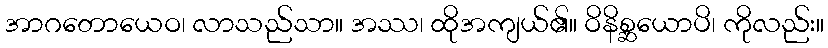
အာဂတောယေဝ၊ လာသည်သာ။ အဿ၊ ထိုအကျယ်၏။ ဝိနိစ္ဆယောပိ၊ ကိုလည်း။